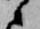
候